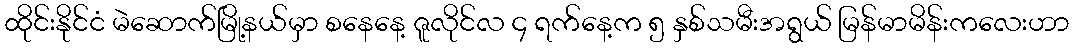
ထိုင်းနိုင်ငံ မဲဆောက်မြို့နယ်မှာ စနေနေ့ ဇူလိုင်လ ၄ ရက်နေ့က ၅ နှစ်သမီးအရွယ် မြန်မာမိန်းကလေးဟာ